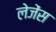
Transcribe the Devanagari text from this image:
लेजेंस